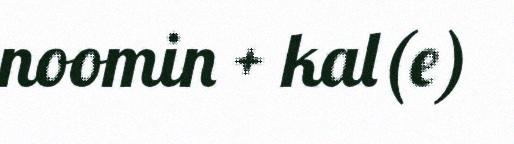
noomin + kal(e)